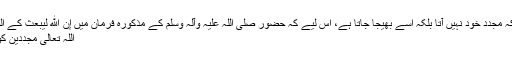
یہ امر ذہن نشین رہے کہ مجدد خود نہیں آتا بلکہ اسے بھیجا جاتا ہے، اس لیے کہ حضور صلی اللہ علیہ وآلہ وسلم کے مذکورہ فرمان میں إِنَّ ﷲَ لَیَبْعَثُ کے الفاظ کا مطلب یہ ہے کہ
اللہ تعالی مجددین کو بھی مبعوث کرتا ہے۔